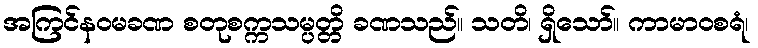
အကြင်နဝမခဏ စတုစက္ကသမ္ပတ္တိ ခဏသည်။ သတိ၊ ရှိသော်။ ကာမာဝစရံ၊